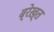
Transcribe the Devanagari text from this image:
ब्रेख़्त